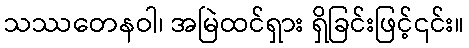
သဿတေနဝါ၊ အမြဲထင်ရှား ရှိခြင်းဖြင့်၎င်း။